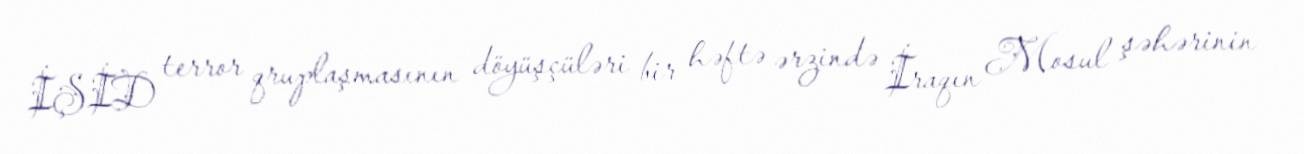
İŞİD terror qruplaşmasının döyüşçüləri bir həftə ərzində İraqın Mosul şəhərinin